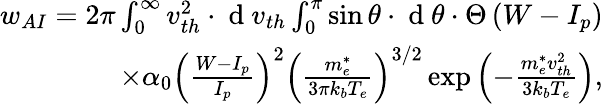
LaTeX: \begin{array}{r}{w_{AI}=2\pi\int_{0}^{\infty}v_{th}^{2}\cdot\mathrm{~d~}v_{th}\int_{0}^{\pi}\sin\theta\cdot\mathrm{~d~}\theta\cdot\Theta\left(W-I_{p}\right)}\\ {\times\alpha_{0}\left(\frac{W-I_{p}}{I_{p}}\right)^{2}\left(\frac{m_{e}^{*}}{3\pi k_{b}T_{e}}\right)^{3/2}\exp\left(-\frac{m_{e}^{*}v_{th}^{2}}{3k_{b}T_{e}}\right),}\end{array}